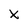
Character: X